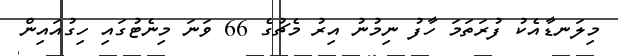
މިލަނޑާއެކު ފުރަތަމަ ހާފު ނިމުނު އިރު މެޗުގެ 66 ވަނަ މިނެޓުގައި ހިގުއައިން